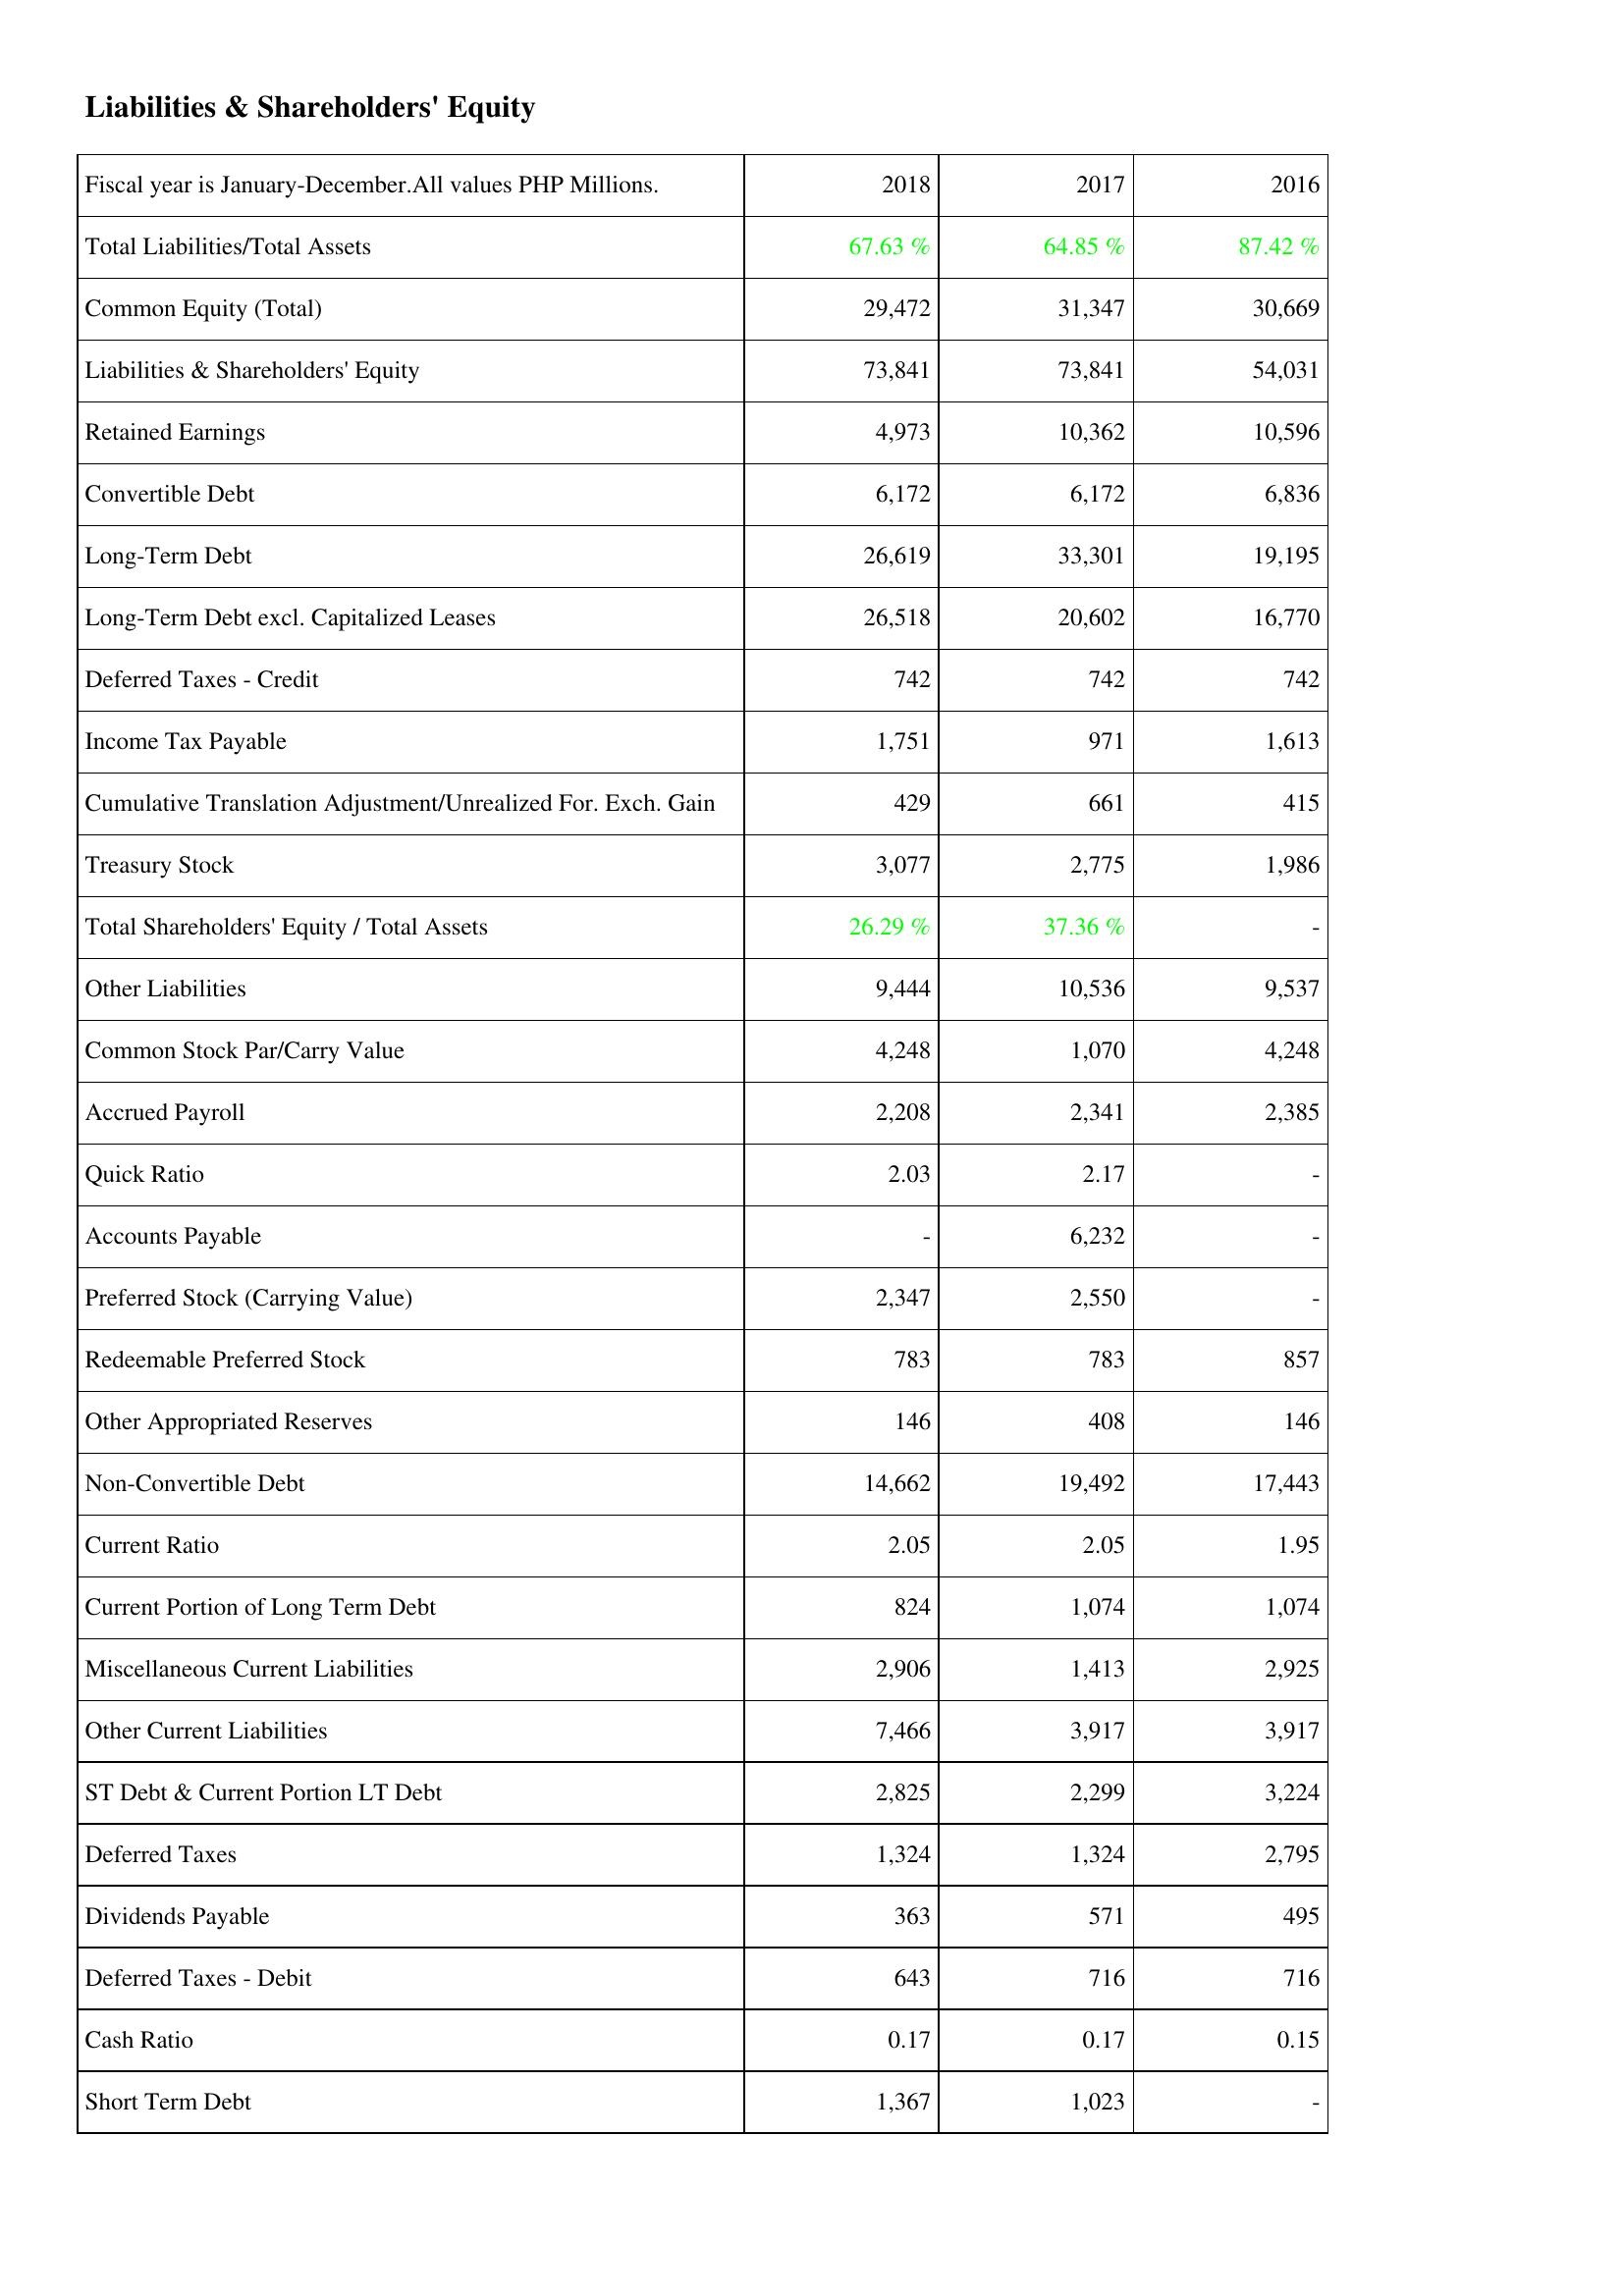
2018: Liabilities & Shareholders' Equity: Total Liabilities/Total Assets: 67.63 %
Common Equity (Total): 29,472
Liabilities & Shareholders' Equity: 73,841
Retained Earnings: 4,973
Convertible Debt: 6,172
Long-Term Debt: 26,619
Long-Term Debt excl. Capitalized Leases: 26,518
Deferred Taxes - Credit: 742
Income Tax Payable: 1,751
Cumulative Translation Adjustment/Unrealized For. Exch. Gain: 429
Treasury Stock: 3,077
Total Shareholders' Equity / Total Assets: 26.29 %
Other Liabilities: 9,444
Common Stock Par/Carry Value: 4,248
Accrued Payroll: 2,208
Quick Ratio: 2.03
Accounts Payable: -
Preferred Stock (Carrying Value): 2,347
Redeemable Preferred Stock: 783
Other Appropriated Reserves: 146
Non-Convertible Debt: 14,662
Current Ratio: 2.05
Current Portion of Long Term Debt: 824
Miscellaneous Current Liabilities: 2,906
Other Current Liabilities: 7,466
ST Debt & Current Portion LT Debt: 2,825
Deferred Taxes: 1,324
Dividends Payable: 363
Deferred Taxes - Debit: 643
Cash Ratio: 0.17
Short Term Debt: 1,367
2017: Liabilities & Shareholders' Equity: Total Liabilities/Total Assets: 64.85 %
Common Equity (Total): 31,347
Liabilities & Shareholders' Equity: 73,841
Retained Earnings: 10,362
Convertible Debt: 6,172
Long-Term Debt: 33,301
Long-Term Debt excl. Capitalized Leases: 20,602
Deferred Taxes - Credit: 742
Income Tax Payable: 971
Cumulative Translation Adjustment/Unrealized For. Exch. Gain: 661
Treasury Stock: 2,775
Total Shareholders' Equity / Total Assets: 37.36 %
Other Liabilities: 10,536
Common Stock Par/Carry Value: 1,070
Accrued Payroll: 2,341
Quick Ratio: 2.17
Accounts Payable: 6,232
Preferred Stock (Carrying Value): 2,550
Redeemable Preferred Stock: 783
Other Appropriated Reserves: 408
Non-Convertible Debt: 19,492
Current Ratio: 2.05
Current Portion of Long Term Debt: 1,074
Miscellaneous Current Liabilities: 1,413
Other Current Liabilities: 3,917
ST Debt & Current Portion LT Debt: 2,299
Deferred Taxes: 1,324
Dividends Payable: 571
Deferred Taxes - Debit: 716
Cash Ratio: 0.17
Short Term Debt: 1,023
2016: Liabilities & Shareholders' Equity: Total Liabilities/Total Assets: 87.42 %
Common Equity (Total): 30,669
Liabilities & Shareholders' Equity: 54,031
Retained Earnings: 10,596
Convertible Debt: 6,836
Long-Term Debt: 19,195
Long-Term Debt excl. Capitalized Leases: 16,770
Deferred Taxes - Credit: 742
Income Tax Payable: 1,613
Cumulative Translation Adjustment/Unrealized For. Exch. Gain: 415
Treasury Stock: 1,986
Total Shareholders' Equity / Total Assets: -
Other Liabilities: 9,537
Common Stock Par/Carry Value: 4,248
Accrued Payroll: 2,385
Quick Ratio: -
Accounts Payable: -
Preferred Stock (Carrying Value): -
Redeemable Preferred Stock: 857
Other Appropriated Reserves: 146
Non-Convertible Debt: 17,443
Current Ratio: 1.95
Current Portion of Long Term Debt: 1,074
Miscellaneous Current Liabilities: 2,925
Other Current Liabilities: 3,917
ST Debt & Current Portion LT Debt: 3,224
Deferred Taxes: 2,795
Dividends Payable: 495
Deferred Taxes - Debit: 716
Cash Ratio: 0.15
Short Term Debt: -